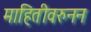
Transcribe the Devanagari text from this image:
माहितीवरुनन